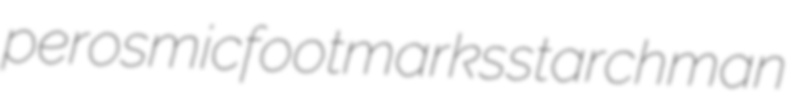
perosmic footmarks starchman